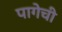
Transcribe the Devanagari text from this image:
पागेची